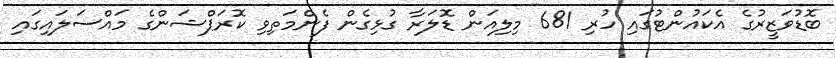
ބޮޑުވަޒީރުގެ އެކައުންޓުގައި ހުރި 681 މިލިއަން ޑޮލަރާ ގުޅިގެން ފެންމަތިވި ކޮރަޕްޝަންގެ މައްސަލައިގައި